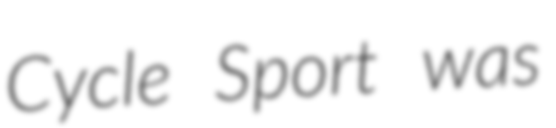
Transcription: Cycle Sport was